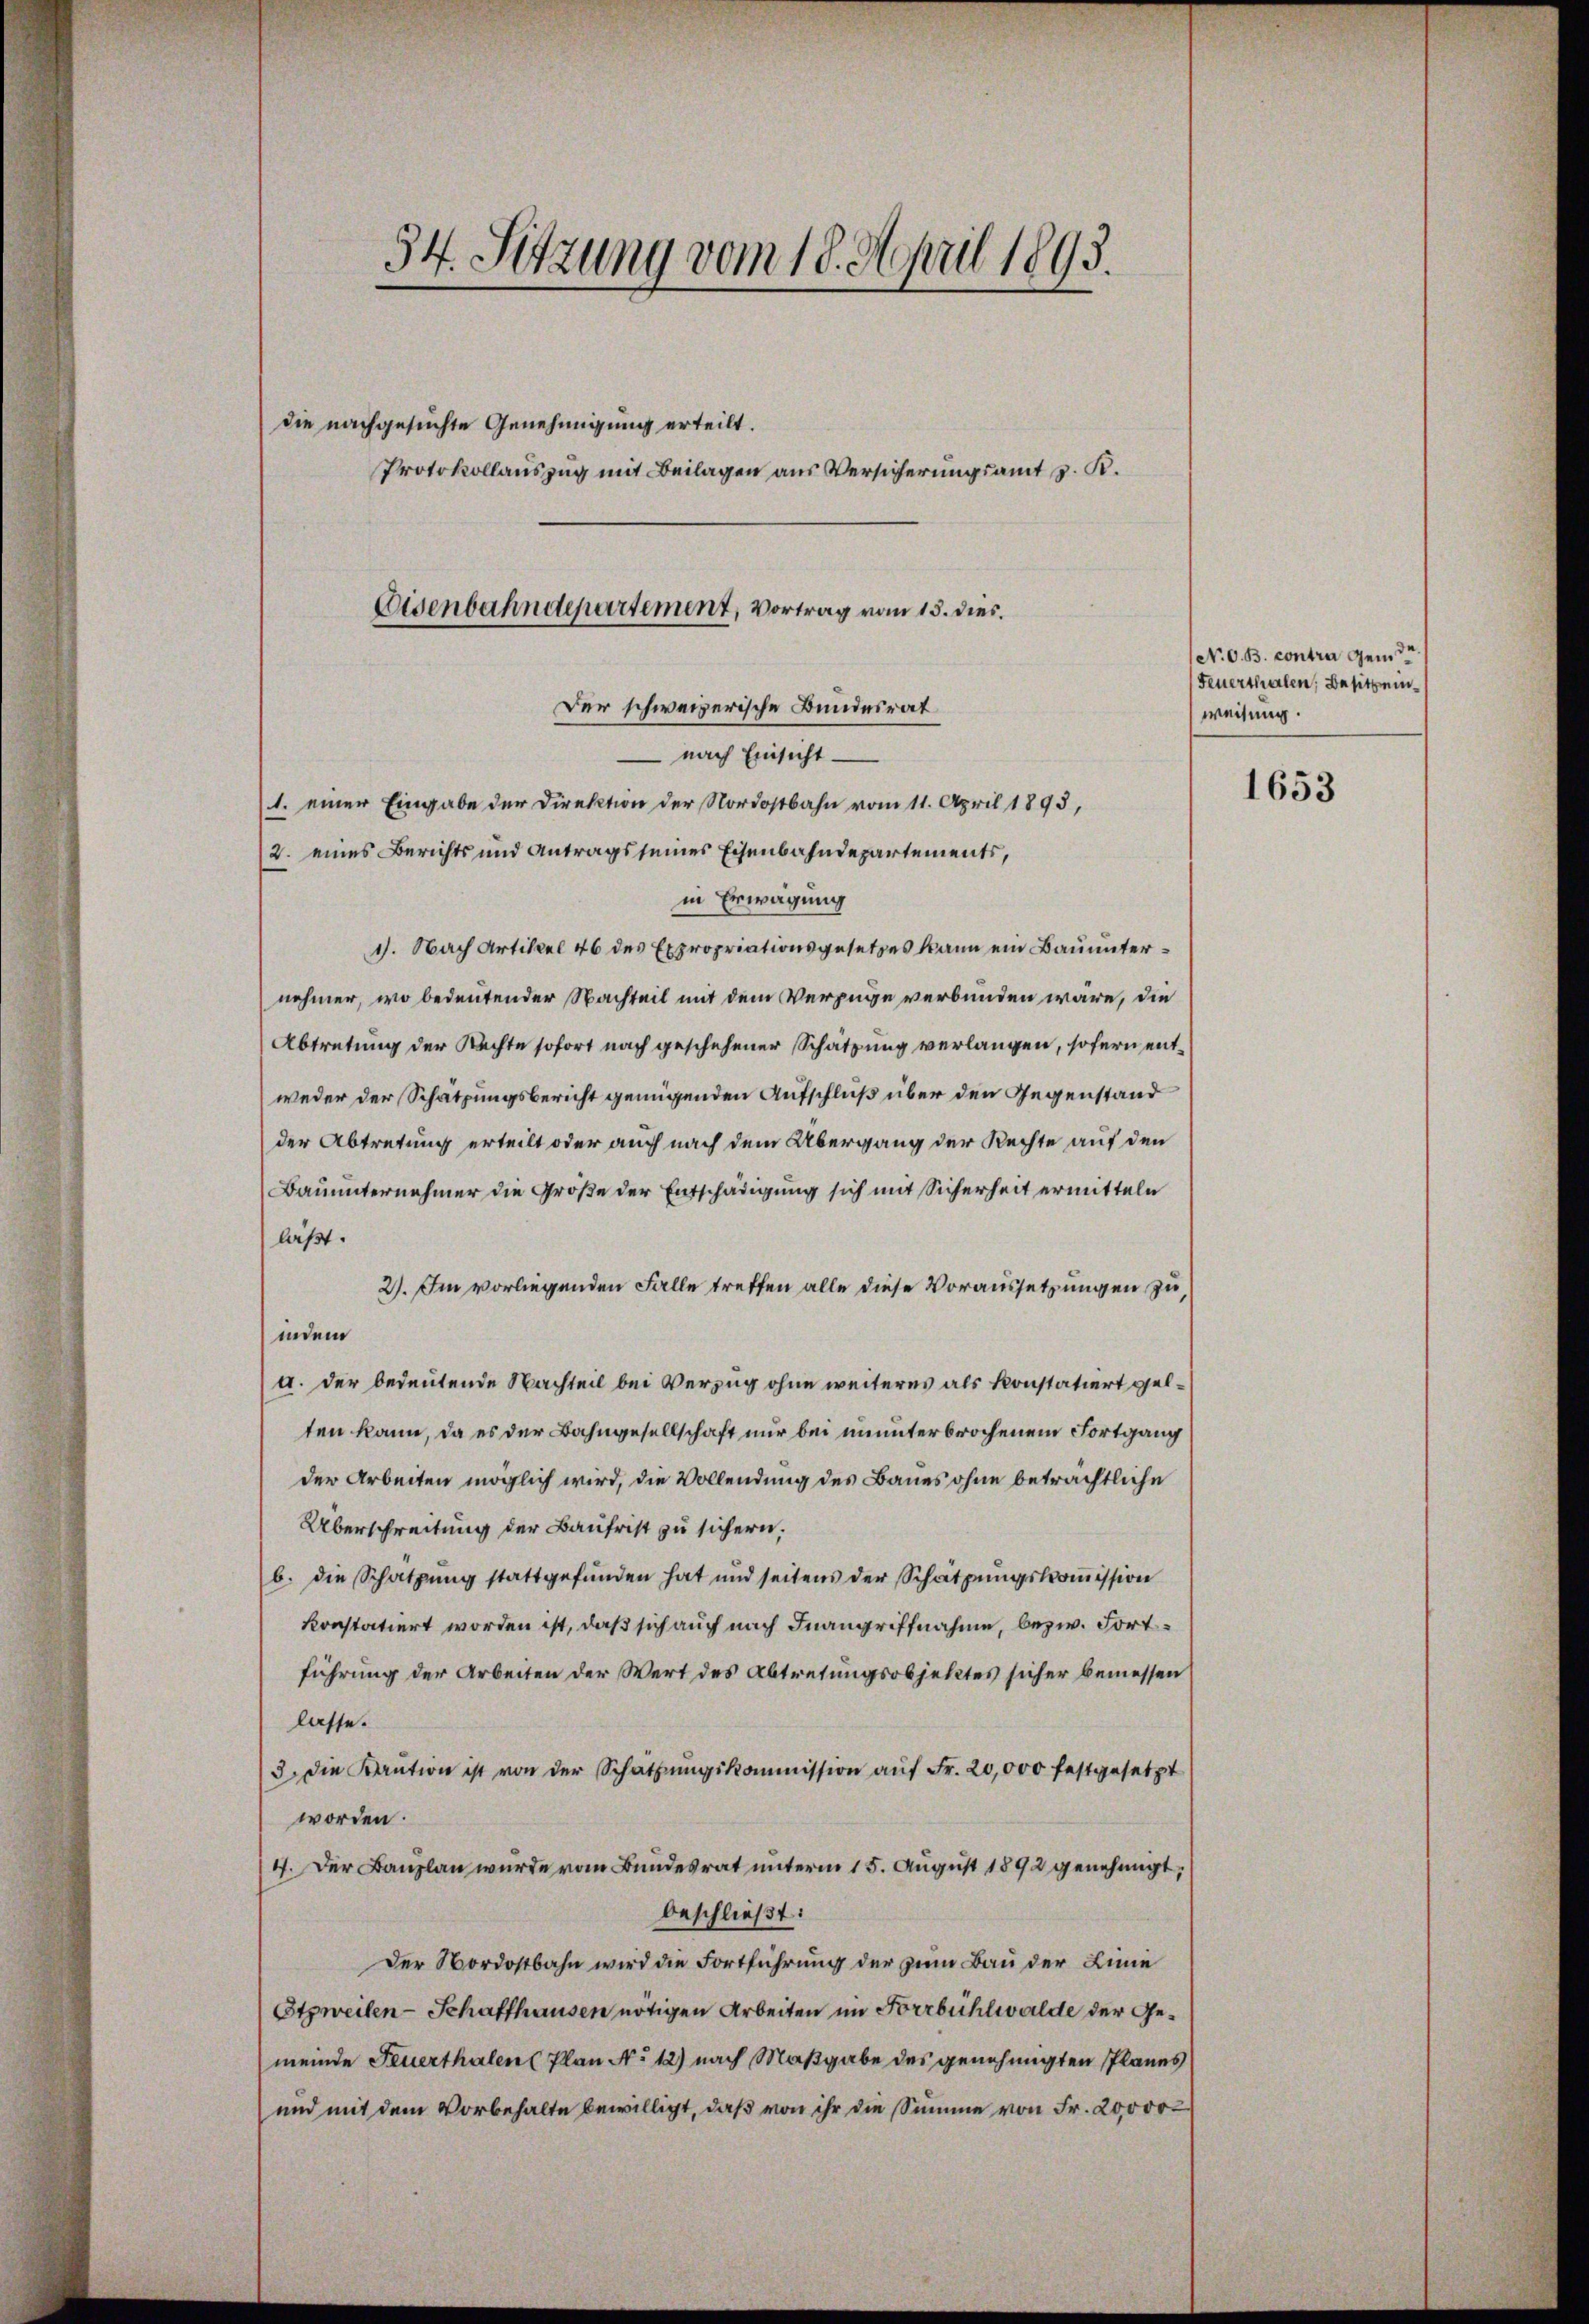
54. Sitzung vom 18. April 1893.
die nachgesuchte Genehmigung erteilt.
Protokollauszug mit Beilagen aus Versicherungsamt z. R.
Eisenbahndepartement, Vortrag vom 15. dies
Der schweizerische Bundesrat

nach Einsicht
1. einer Eingabe der Direktion der Nordostbahn vom 11. April 1893,

2. eines Berichts und Antrags seines Eisenbahndepartements,
in Erwägung
1). Nach Artikel 46 des Expropriationsgesetzes kann ein Bauunternehmer, wo bedeutender Nachteil mit dem Verzüge verbunden wäre, die
Abtretung der Rechte sofort nach geschehener Schätzung verlangen, sofern entweder der Schatzungsbericht genügenden Aufschluß über den Gegenstand
der Abtretung erteilt oder auch nach dem Übergang der Rechte auf den
Bauunternehmer die Größe der Entschädigung sich mit Sicherheit ermitteln
laßt.
2). Im vorliegenden Falle treffen alle diese Voraussetzungen zu,
indem
a. der bedeutende Nachteil bei Verzug ohne weiteres als konstatiert gelten kann, da es der Bahngesellschaft nur bei ununterbrochenem Fortgang
der Arbeiten möglich wird, die Vollendung des Baues ohne beträchtliche
Überschreitung der Baufrist zu sichern.
b. die Schatzung stattgefunden hat und seitens der Schätzungskommission
konstatiert worden ist, daß sich auch nach Inangriffnahme, bezw. Fortführung der Arbeiten der Wert des Abtretungsobjektes sicher bemessen
lasse.
3. die Kaŭtion ist von der Schatzŭngskommission aŭf Fr. 20,000 festgesetzt
worden.
4. Der Bauplan wurde vom Bundesrat unterm 15. August 1892 genehmigt,
beschließt:
Der Nordostbahn wird die Fortführung der zum Bau der Linie
Etzweilen-Schaffhausen nötigen Arbeiten im Forrbühlwalde der Gemeinde Feuerthalen Plan No 12) nach Maßgabe des genehmigten Planes
und mit dem Vorbehalte bewilligt, daß von ihr die Summe von Fr. 20,000

N. O. B. contra gen de
Feuerthalen, Besitz einweisung.

1653